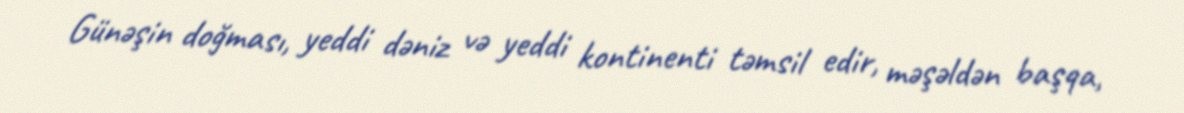
Günəşin doğması, yeddi dəniz və yeddi kontinenti təmsil edir, məşəldən başqa,